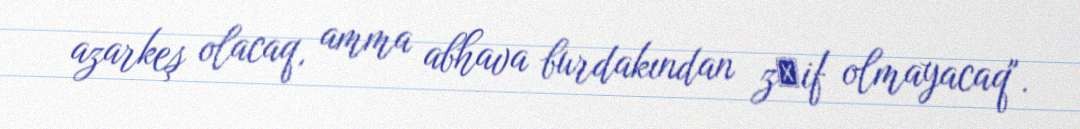
azarkeş olacaq, amma abhava burdakından zәif olmayacaq".